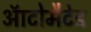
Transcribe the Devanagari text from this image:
ऑटोमैटेड